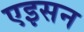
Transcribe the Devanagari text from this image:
एइसन